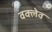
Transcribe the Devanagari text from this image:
वक्लेव